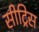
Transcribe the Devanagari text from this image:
सीट्रिस